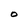
Character: O